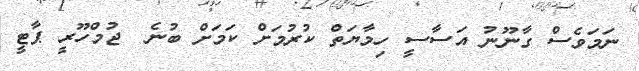
ނަމަވެސް ގާނޫނު އަސާސީ ހިމާޔަތް ކުރުމަށް ކަމަށް ބުނެ  ޖުމްހޫރީ ޕާޓީ